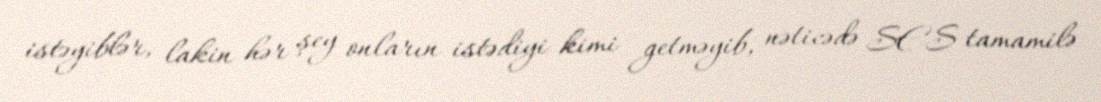
istəyiblər, lakin hər şey onların istədiyi kimi getməyib, nəticədə SES tamamilə